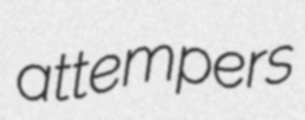
attempers